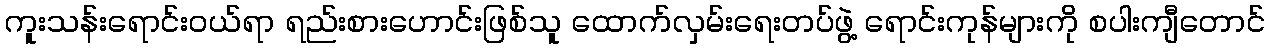
ကူးသန်းရောင်းဝယ်ရာ ရည်းစားဟောင်းဖြစ်သူ ထောက်လှမ်းရေးတပ်ဖွဲ့ ရောင်းကုန်များကို စပါးကျီတောင်